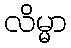
လိမ္မာ